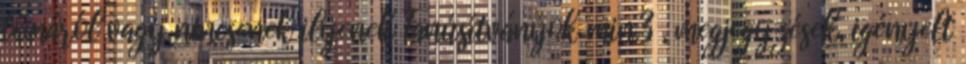
témáról vagy nincsenek ilyenek Tanúsítványok min.3 , megjegyzések, igényelt